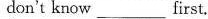
don't know ___ first.